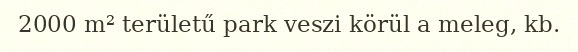
2000 m² területű park veszi körül a meleg, kb.